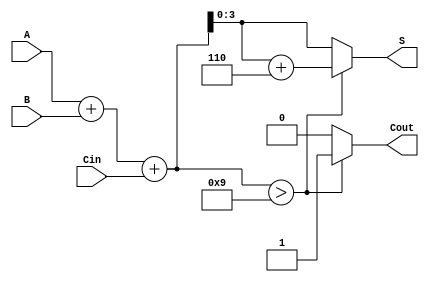
module BCD_Redundant_Binary_Adder (
    input wire [3:0] A,        // BCD input A
    input wire [3:0] B,        // BCD input B
    input wire Cin,            // Carry input
    output reg [3:0] S,        // BCD sum output
    output reg Cout            // Carry output
);

    // Intermediate signals
    wire [4:0] sum;            // 5-bit sum to accommodate carry
    wire [4:0] corrected_sum;  // Corrected sum after BCD adjustment

    // Compute initial sum
    assign sum = A + B + Cin;

    // BCD correction logic
    always @(*) begin
        if (sum > 9) begin
            corrected_sum = sum + 5'd6; // Add 6 for BCD correction
            Cout = 1;                    // Set carry out
        end else begin
            corrected_sum = sum;         // No correction needed
            Cout = 0;                    // No carry out
        end
        S = corrected_sum[3:0];          // Assign lower 4 bits to sum output
    end

endmodule